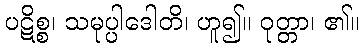
ပဋိစ္စ၊ သမုပ္ပါဒေါတိ၊ ဟူ၍။ ဝုတ္တာ၊ ၏။